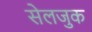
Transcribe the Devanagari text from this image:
सेलजुक